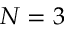
N = 3